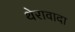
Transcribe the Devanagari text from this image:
थेरावादा